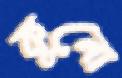
কুনো